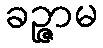
ခဉ္ဇာမ